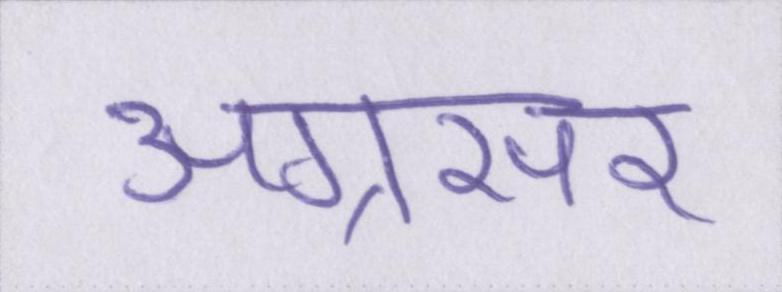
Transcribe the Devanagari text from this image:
अग्रसर